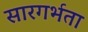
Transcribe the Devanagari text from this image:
सारगर्भता